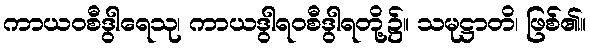
ကာယဝစီဒွါရေသု၊ ကာယဒွါရဝစီဒွါရတို့၌။ သမုဋ္ဌာတိ၊ ဖြစ်၏။